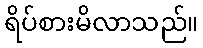
ရိပ်စားမိလာသည်။